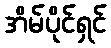
အိမ်ပိုင်ရှင်